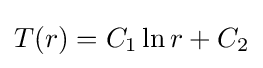
{T(r)=C_{1}\ln r+C_{2}}